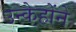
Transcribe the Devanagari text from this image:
उन्केहोंने